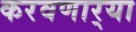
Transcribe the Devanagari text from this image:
करवणार्‍या